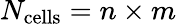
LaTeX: N_{\mathrm{cells}}=n\times m